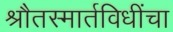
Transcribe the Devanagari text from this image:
श्रौतस्मार्तविधींचा